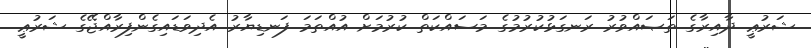
ޝަރުޢީ ދާއިރާގެ ތަޞައްވުރު ރަނގަޅުކުރުމުގެ މަސައްކަތް ކުރުމަށް އުއްތަމަ ފަނޑިޔާރު އެދިވަޑައިގެންފިރާއްޖޭގެ ޝަރުޢީ